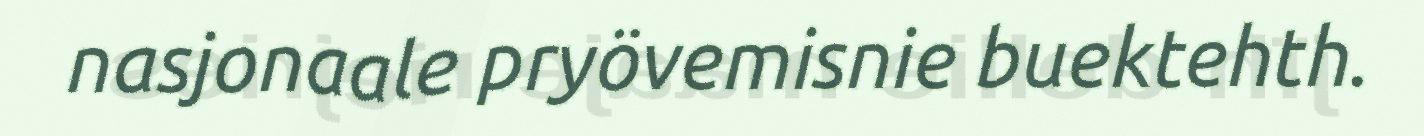
nasjonaale pryövemisnie buektehth.